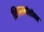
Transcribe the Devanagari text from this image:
शिवरायांसोबत